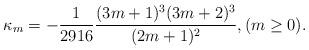
LaTeX: \begin{align*}\kappa_m=-\frac{1}{2916}\frac{(3m+1)^3(3m+2)^3}{(2m+1)^2},(m\ge 0).\end{align*}